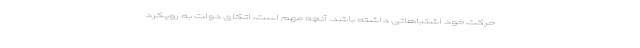
حرکت خود اشتباهاتی داشته باشد. آنچه مهم است، اتکای دولت به رویکرد